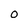
Character: O